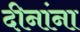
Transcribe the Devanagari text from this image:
दीनांना